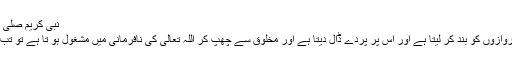
نبی کریم صلی اللہ علیہ وآلہٖ وسلم کا ارشاد ہے :
ترجمہ: ’’ جب کوئی بندہ اپنے دروازوں کو بند کر لیتا ہے اور اس پر پردے ڈال دیتا ہے اور مخلوق سے چھپ کر اللہ تعالیٰ کی نافرمانی میں مشغول ہو تا ہے تو تب اللہ تعالیٰ فرماتا ہے اے ابنِ آدم!